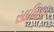
સાધિકા